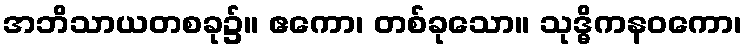
အဘိသာယတစခု၌။ ဧကော၊ တစ်ခုသော။ သုဒ္ဓိကနဝကော၊